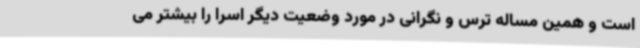
است و همین مساله ترس و نگرانی در مورد وضعیت دیگر اسرا را بیشتر می